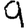
Digit: 9